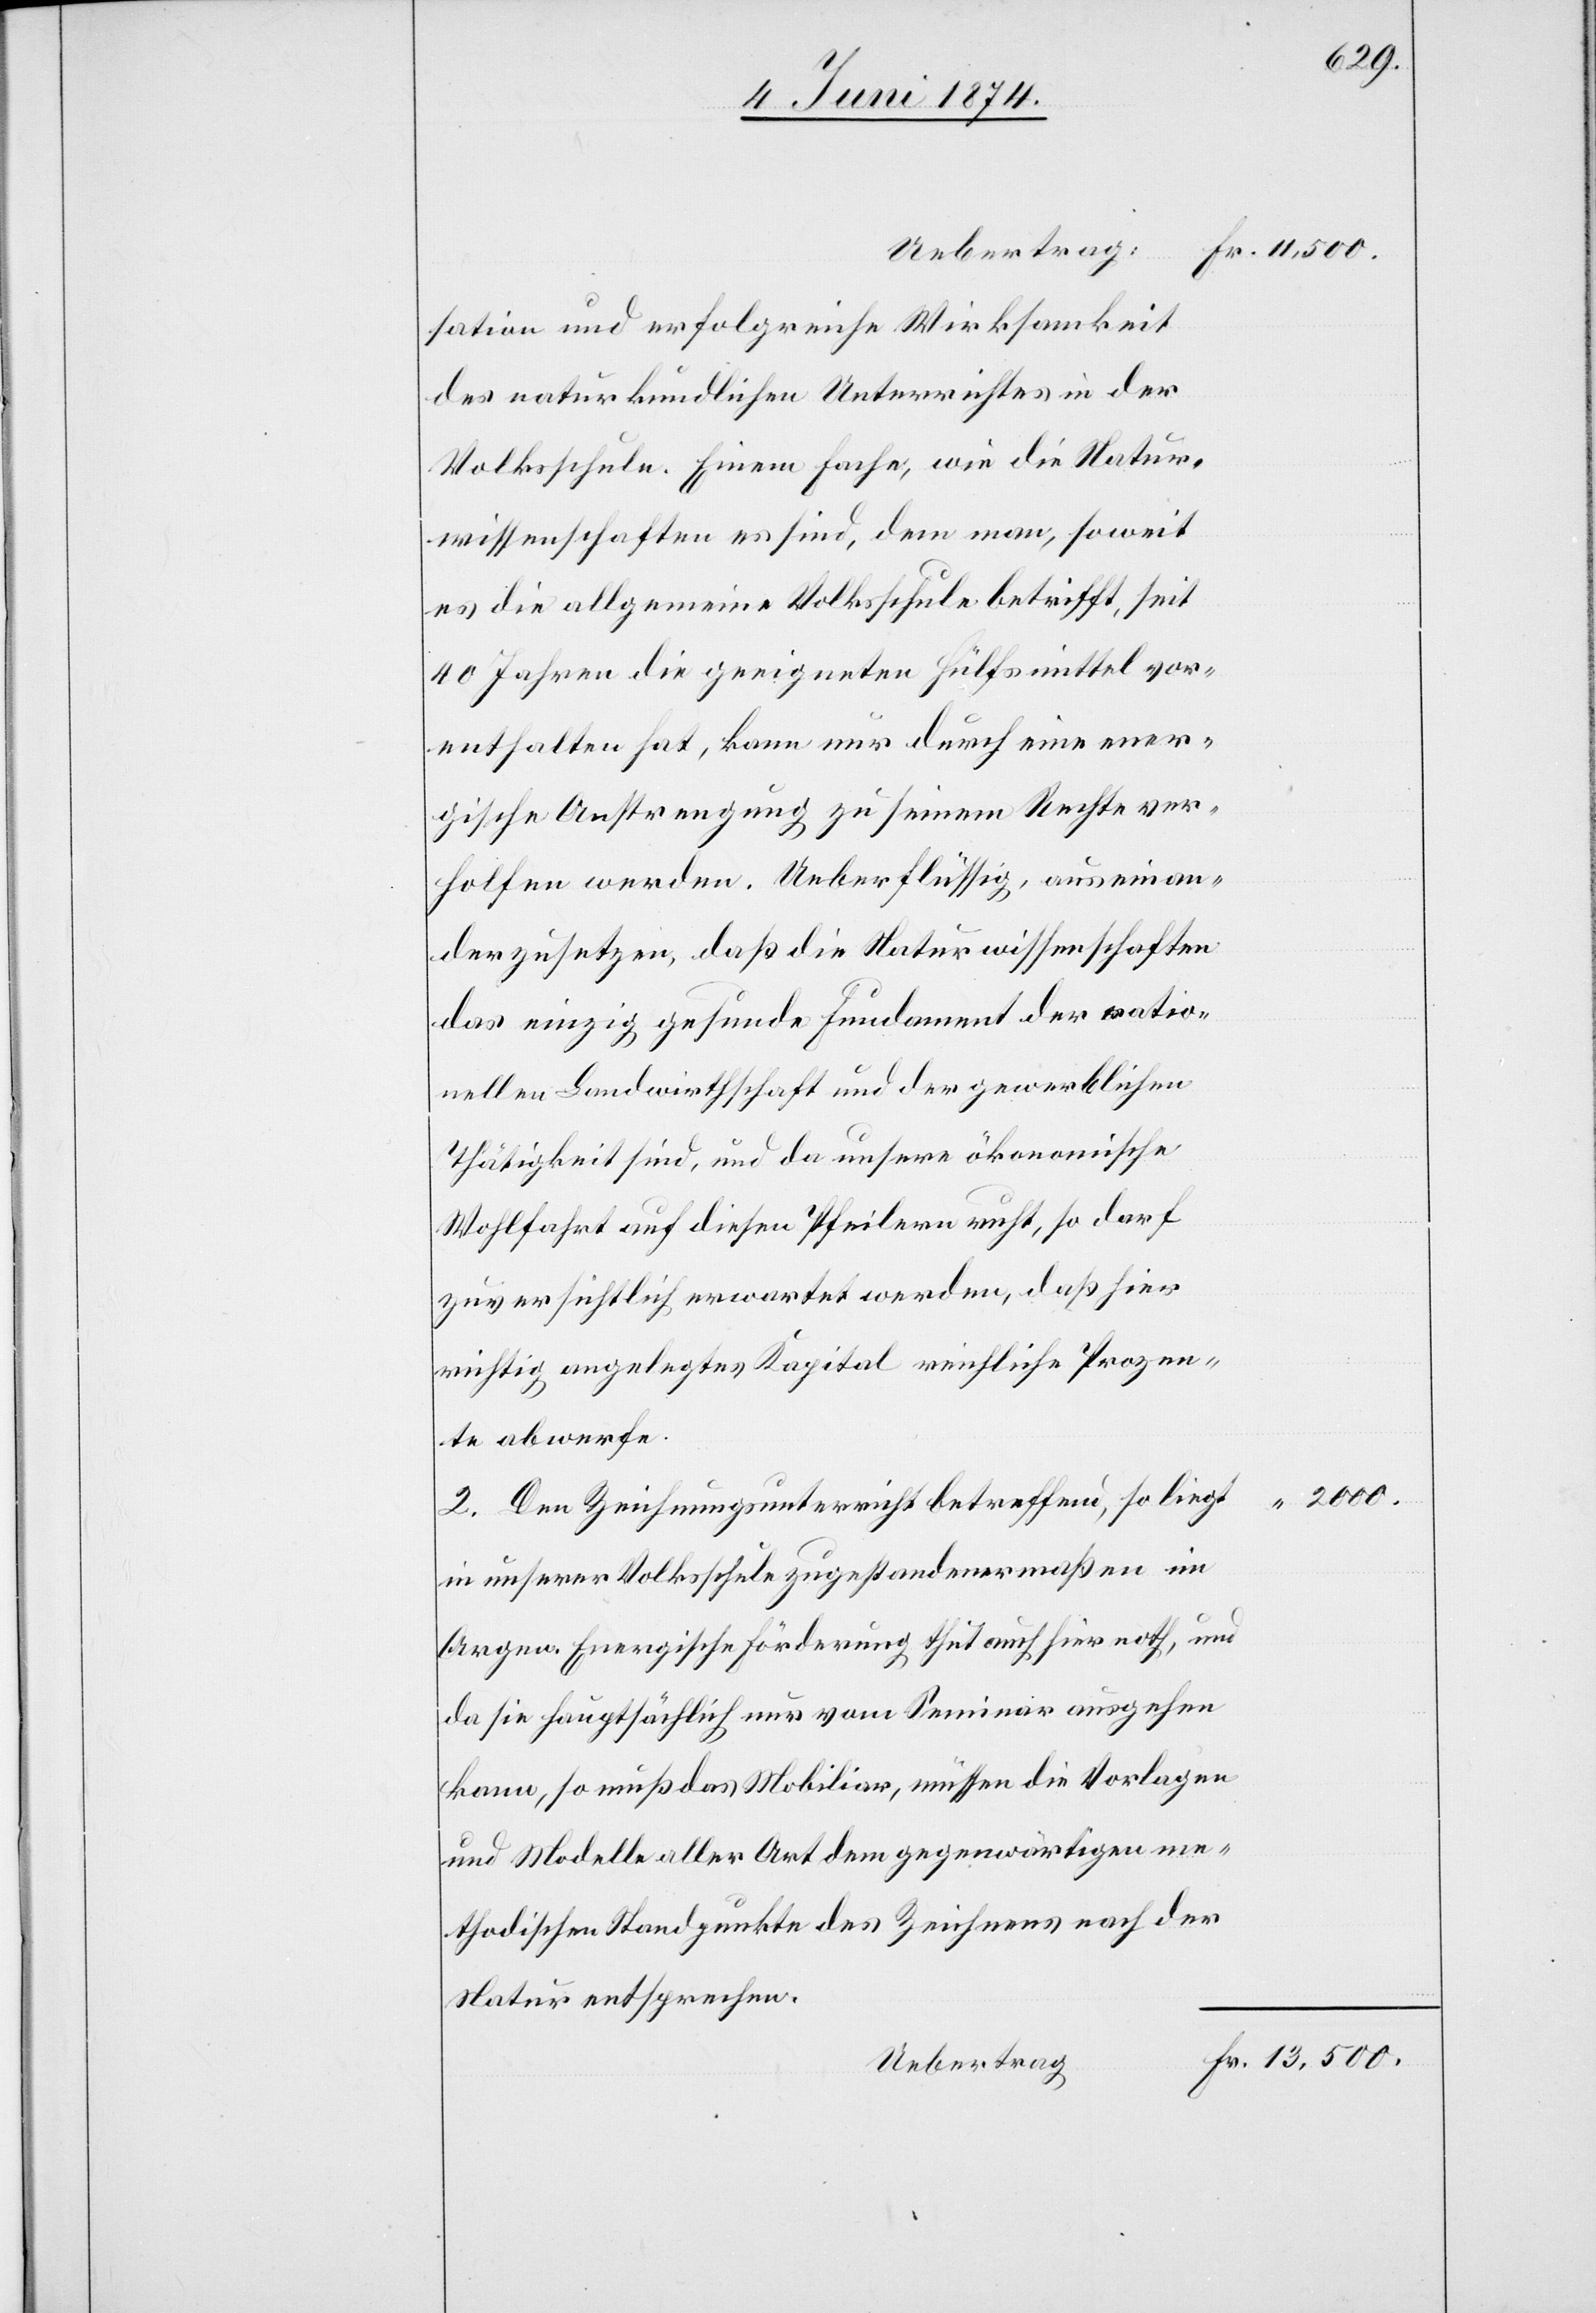
Uebertrag:
sation und erfolgreiche Wirksamkeit
des naturkundlichen Unterrichtes in der
Volksschule. Einem Fache, wie die Natur¬
wissenschaften es sind, dem man, soweit
es die allgemeine Volksschule betrifft, seit
40 Jahren die geeigneten Hülfsmittel vor¬
enthalten hat, kann nur durch eine ener¬
gische Anstrengung zu seinem Rechte ver¬
holfen werden. Ueberflüssig, auseinan¬
derzusetzen, daß die Naturwissenschaften
das einzig gesunde Fundament der ratio¬
nellen Landwirthschaft und der gewerblichen
Thätigkeit sind, und da unsere ökonomische
Wohlfahrt auf diesen Pfeilern ruht, so darf
zuversichtlich erwartet werden, daß hier
richtig angelegtes Kapital reichliche Prozen¬
te abwerfe.
2000.
2. Den Zeichnungsunterricht betreffend, so liegt
in unserer Volksschule zugestandenermaßen im
[sic!]. Energische Förderung thut auch hier noth, und
da sie hauptsächlich nur vom Seminar ausgehen
kann, so muß das Mobiliar, müssen die Vorlagen
und Modelle aller Art dem gegenwärtigen me¬
thodischen Standpunkte des Zeichens nach der
Natur entsprechen.